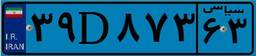
۸۷D۷۷۹۰۰